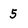
Character: 5